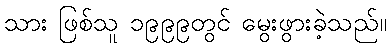
သား ဖြစ်သူ ၁၉၉၉တွင် မွေးဖွားခဲ့သည်။